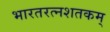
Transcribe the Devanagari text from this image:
भारतरत्नशतकम्